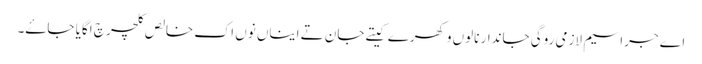
اے جراسیم لازمی روگی جاندار نالوں وکھرے کیتے جان تے ایناں نوں اک خالص کلچر چ اگایا جاۓ۔